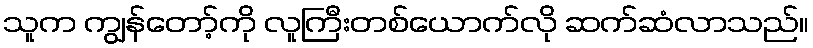
သူက ကျွန်တော့်ကို လူကြီးတစ်ယောက်လို ဆက်ဆံလာသည်။